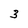
Character: 3